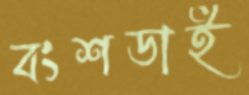
বংশডাই